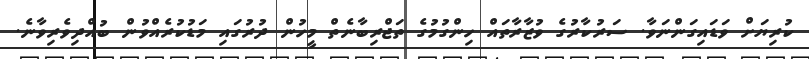
ކުރިޔަށް ވަޑައިގަންނަވާ. ސަރުކާރުގެ ވުޒާރާތައް ހިންގުމުގެ ތަޖްރިބާނެތް މީހުން ދުރުގައި މަޑުކުރެއްވުން ބުއްދިވެރިވާނެ.